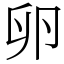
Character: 卵